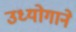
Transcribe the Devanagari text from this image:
उध्योगाने